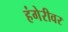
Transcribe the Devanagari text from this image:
हंगेरीवर